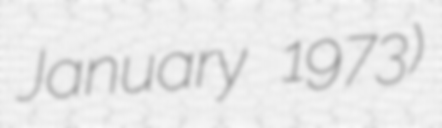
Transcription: January 1973)